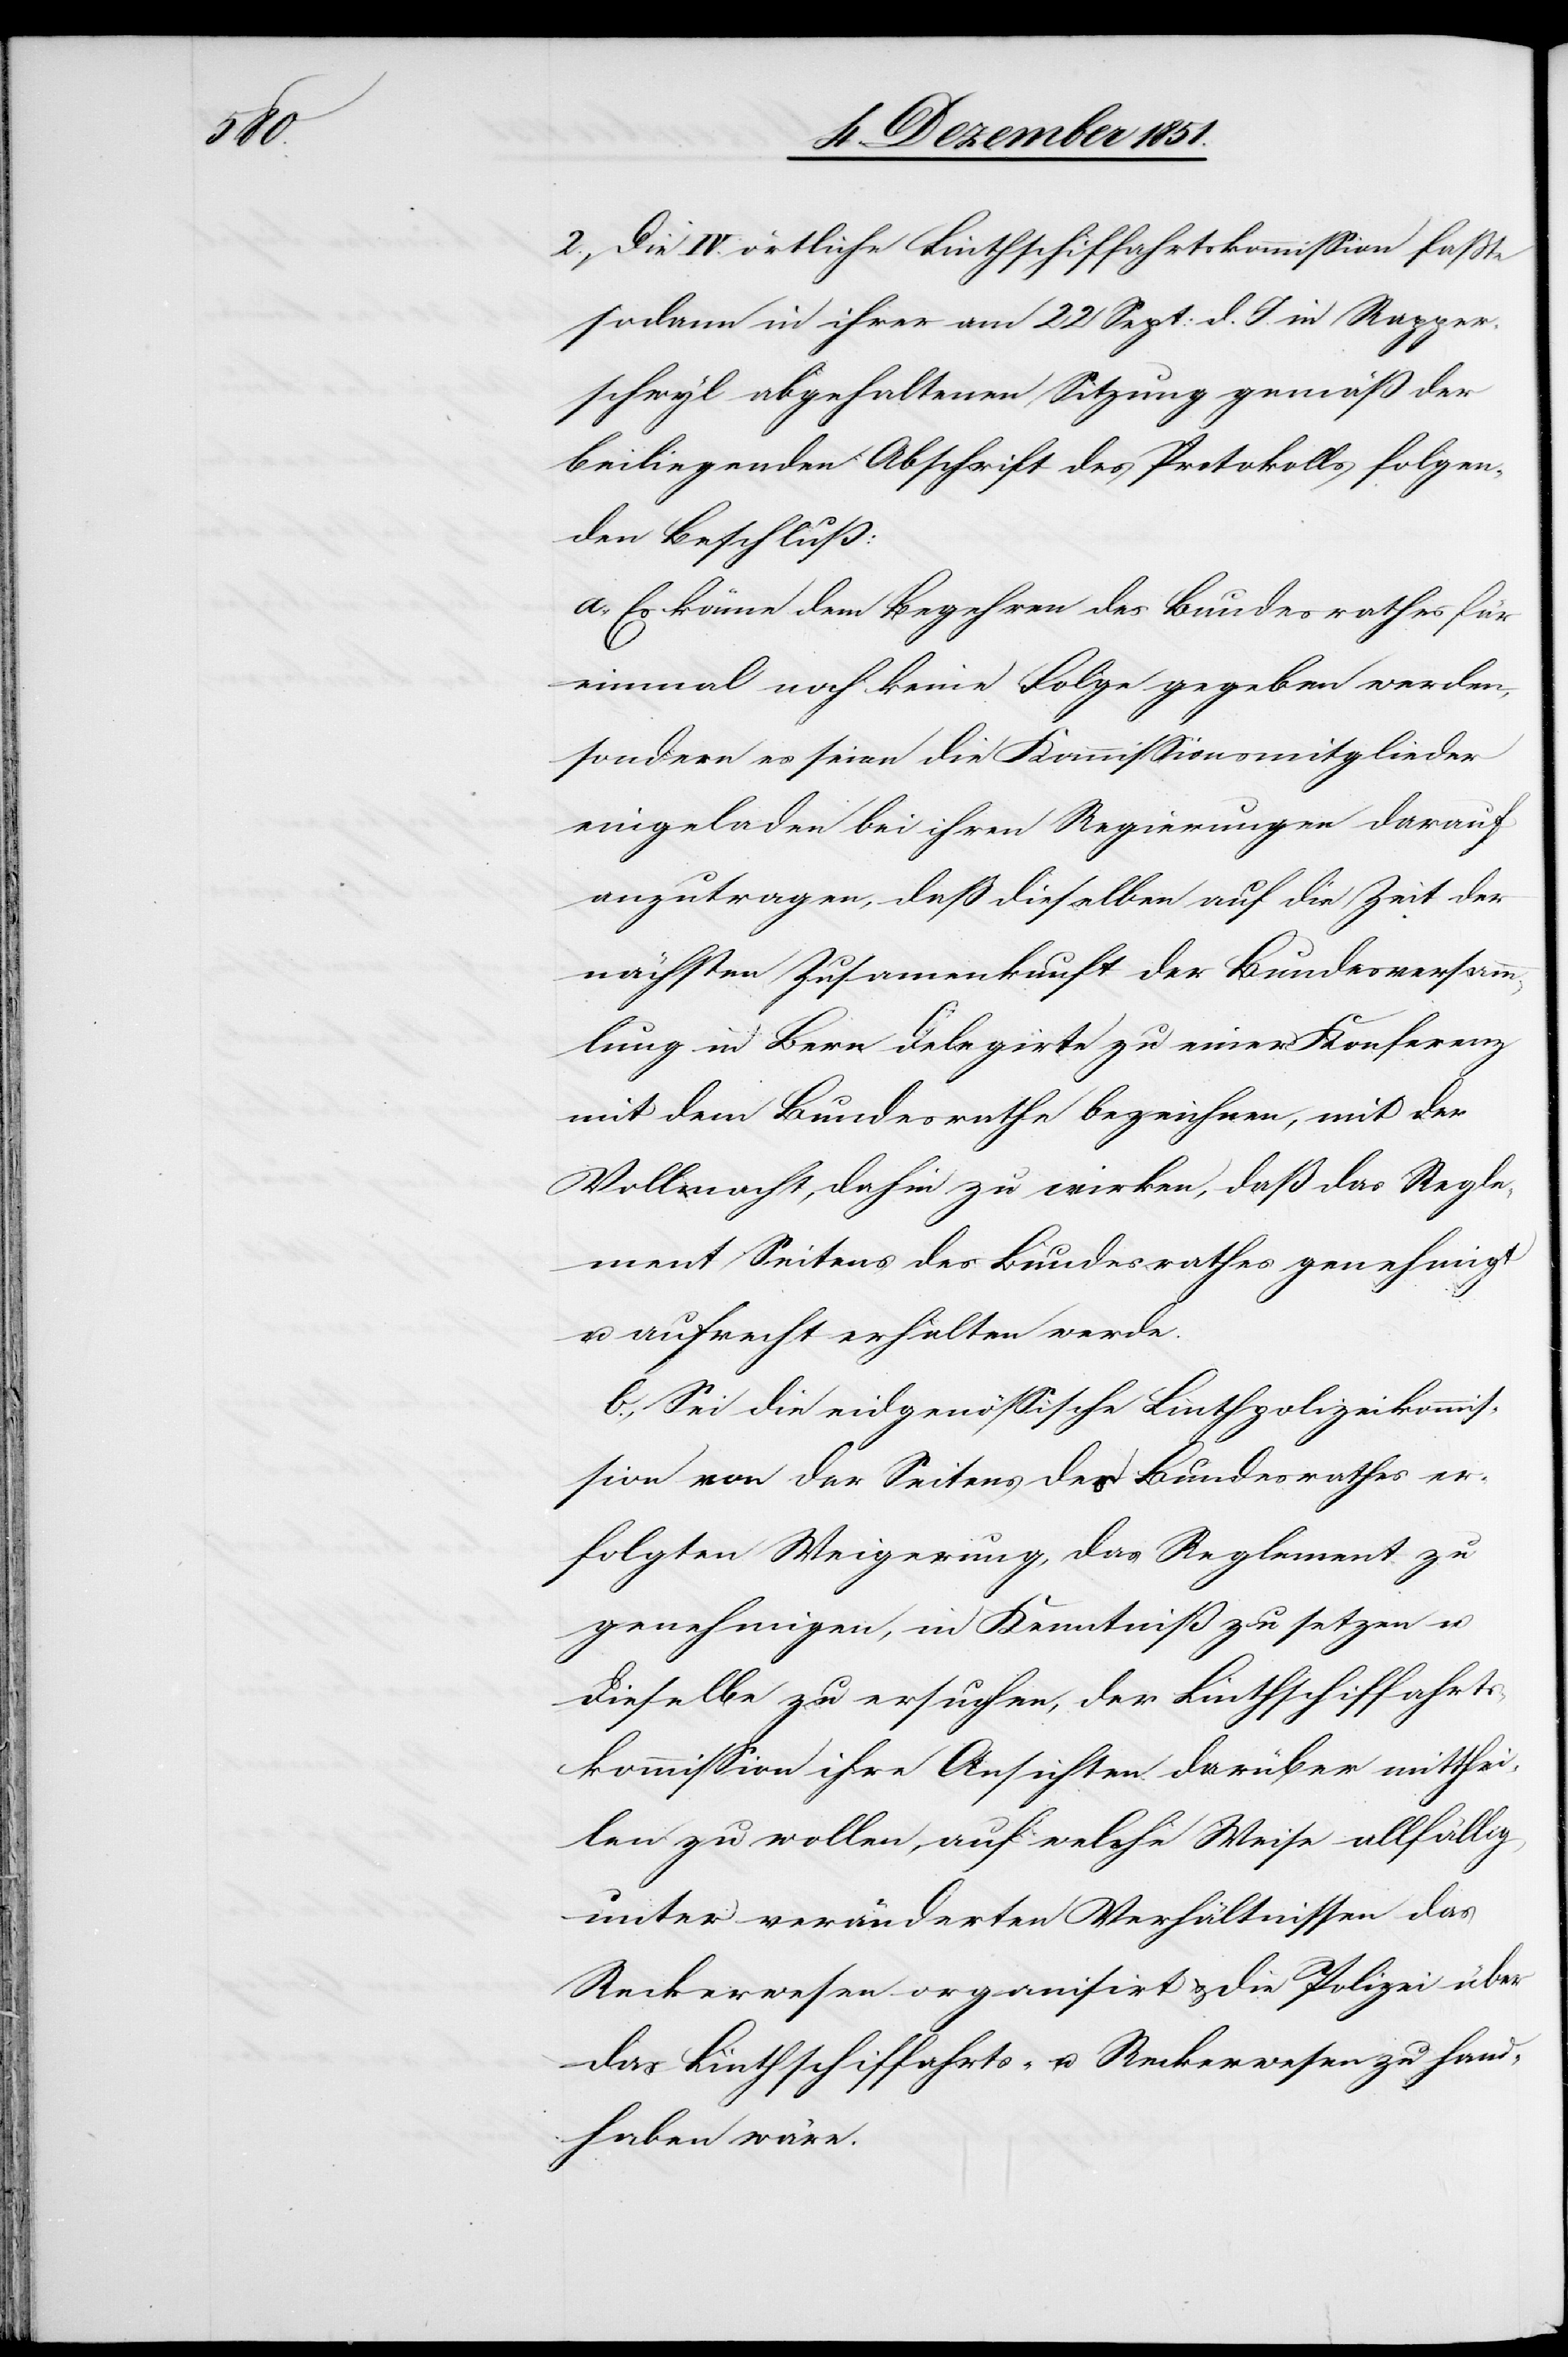
2., Die IV. örtliche Linthschiffahrtskommission faßte
sodann in ihrer am 22 Sept: d. J. in Rapper¬
schwyl abgehaltenen Sitzung gemäß der
beiliegenden Abschrift des Protokolls folgen¬
den Beschluß:
a., Es könne dem Begehren des Bundesrathes für
einmal noch keine Folge gegeben werden,
sondern es seien die Kommissionsmitglieder
eingeladen bei ihren Regierungen darauf
anzutragen, daß dieselben auf die Zeit der
nächsten Zusam[m]enkunft der Bundesversamm¬
lung in Bern Delegirte zu einer Konferenz
mit dem Bundesrathe bezeichnen, mit der
Vollmacht, dahin zu wirken, daß das Regle¬
ment Seitens des Bundesrathes genehmigt
u. aufrecht erhalten werde.
b., Sei die eidgenössische Linthpolizeikommis¬
sion von der Seitens des Bundesrathes er¬
folgten Weigerung, das Reglement zu
genehmigen, in Kenntniß zu setzen u.
dieselbe zu ersuchen, der Linthschiffahrts¬
kommission ihre Ansichten darüber mitthei¬
len zu wollen, auf welche Weise allfällig
unter veränderten Verhältnissen das
Recherwesen organisirt & die Polizei über
das Linthschiffahrts- u. Reckerwesen zu hand¬
haben wäre.